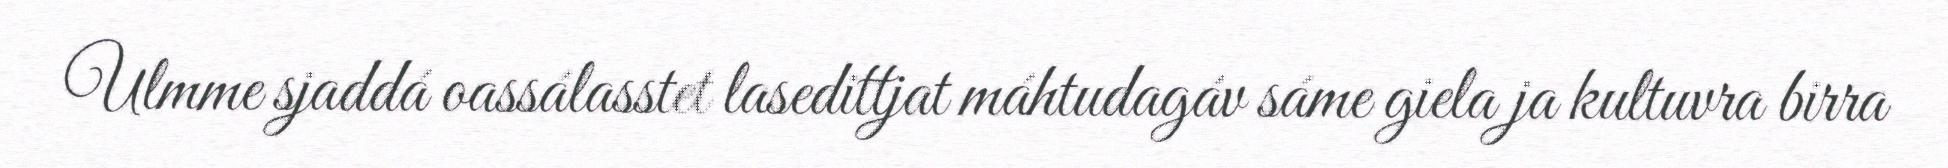
Ulmme sjaddá oassálasstet lasedittjat máhtudagáv sáme giela ja kultuvra birra